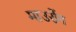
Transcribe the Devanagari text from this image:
माउरोंग